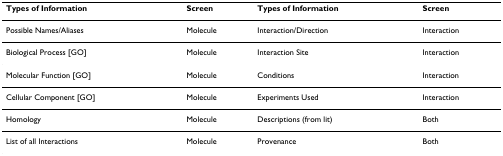
<table><thead><tr><td><b>Types of Information</b></td><td><b>Screen</b></td><td><b>Types of Information</b></td><td><b>Screen</b></td></tr></thead><tbody><tr><td>Possible Names/Aliases</td><td>Molecule</td><td>Interaction/Direction</td><td>Interaction</td></tr><tr><td>Biological Process [GO]</td><td>Molecule</td><td>Interaction Site</td><td>Interaction</td></tr><tr><td>Molecular Function [GO]</td><td>Molecule</td><td>Conditions</td><td>Interaction</td></tr><tr><td>Cellular Component [GO]</td><td>Molecule</td><td>Experiments Used</td><td>Interaction</td></tr><tr><td>Homology</td><td>Molecule</td><td>Descriptions (from lit)</td><td>Both</td></tr><tr><td>List of all Interactions</td><td>Molecule</td><td>Provenance</td><td>Both</td></tr></tbody></table>